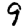
Digit: 9